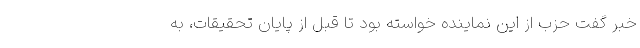
خبر گفت حزب از این نماینده خواسته بود تا قبل از پایان تحقیقات، به